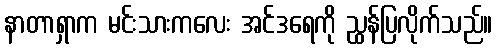
နာတာရှာက မင်းသားကလေး အင်ဒရေကို ညွှန်ပြလိုက်သည်။